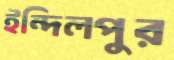
ইন্দিলপুর